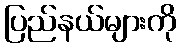
ပြည်နယ်များကို